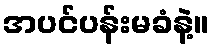
အပင်ပန်းမခံနဲ့။